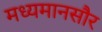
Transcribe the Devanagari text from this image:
मध्यमानसौर